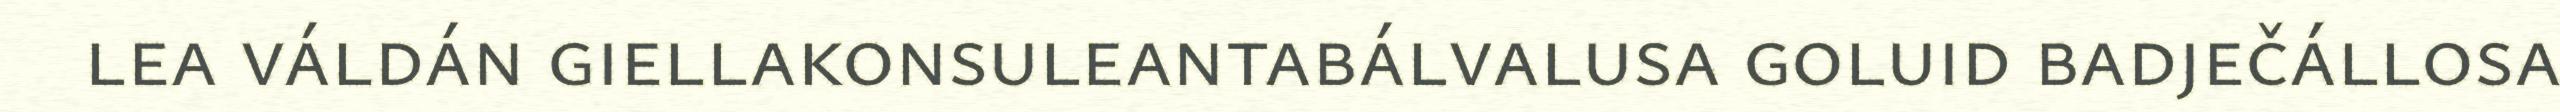
lea váldán giellakonsuleantabálvalusa goluid badječállosa